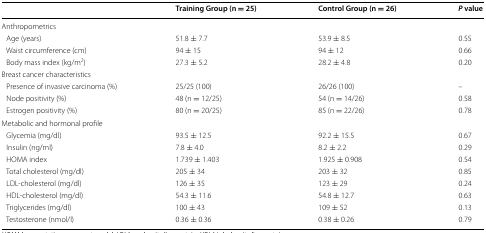
|  | Training Group (n = 25) | Control Group (n = 26) | P value |
 | --- | --- | --- | --- |
 | <COLSPAN=4> Anthropometrics |
 | Age (years) | 51.8 ± 7.7 | 53.9 ± 8.5 | 0.55 |
 | Waist circumference (cm) | 94 ± 15 | 94 ± 12 | 0.66 |
 | Body mass index (kg/m2) | 27.3 ± 5.2 | 28.2 ± 4.8 | 0.20 |
 | <COLSPAN=4> Breast cancer characteristics |
 | Presence of invasive carcinoma (%) | 25/25 (100) | 26/26 (100) | – |
 | Node positivity (%) | 48 (n = 12/25) | 54 (n = 14/26) | 0.58 |
 | Estrogen positivity (%) | 80 (n = 20/25) | 85 (n = 22/26) | 0.78 |
 | <COLSPAN=4> Metabolic and hormonal profile |
 | Glycemia (mg/dl) | 93.5 ± 12.5 | 92.2 ± 15.5 | 0.67 |
 | Insulin (ng/ml) | 7.8 ± 4.0 | 8.2 ± 2.2 | 0.29 |
 | HOMA index | 1.739 ± 1.403 | 1.925 ± 0.908 | 0.54 |
 | Total cholesterol (mg/dl) | 205 ± 34 | 203 ± 32 | 0.85 |
 | LDL-cholesterol (mg/dl) | 126 ± 35 | 123 ± 29 | 0.24 |
 | HDL-cholesterol (mg/dl) | 54.3 ± 11.6 | 54.8 ± 12.7 | 0.63 |
 | Triglycerides (mg/dl) | 100 ± 43 | 109 ± 52 | 0.13 |
 | Testosterone (nmol/l) | 0.36 ± 0.36 | 0.38 ± 0.26 | 0.79 |